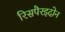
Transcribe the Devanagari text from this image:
रिसपैरइदोन